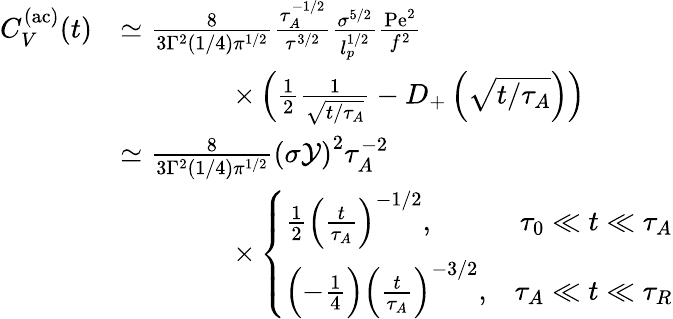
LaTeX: \begin{array}{rl}{C_{V}^{\mathrm{(ac)}}(t)}&{\simeq\frac{8}{3\Gamma^{2}(1/4){\pi}^{1/2}}\frac{\tau_{A}^{-1/2}}{{\tau}^{3/2}}\frac{\sigma^{5/2}}{l_{p}^{1/2}}\frac{\mathrm{Pe}^{2}}{f^{2}}}\\ &{\qquad\qquad\times\left(\frac{1}{2}\frac{1}{\sqrt{t/\tau_{A}}}-D_{+}\left(\sqrt{t/\tau_{A}}\right)\right)}\\ &{\simeq\frac{8}{3\Gamma^{2}(1/4){\pi}^{1/2}}{(\sigma\mathcal{Y})}^{2}\tau_{A}^{-2}}\\ &{\qquad\qquad\times\left\{ \begin{array}{lr}{\frac{1}{2}\left(\frac{t}{\tau_{A}}\right)^{-1/2},}&{\tau_{0}\ll t\ll\tau_{A}}\\ {\Bigl(-\frac{1}{4}\Bigr)\left(\frac{t}{\tau_{A}}\right)^{-3/2},}&{\tau_{A}\ll t\ll\tau_{R}}\end{array}\right.}\end{array}